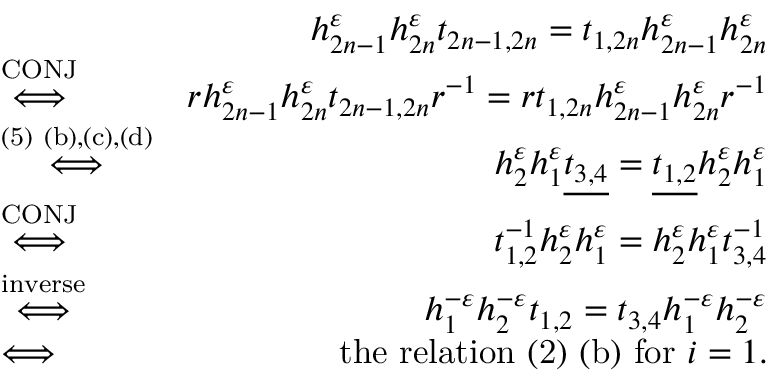
\begin{array} { r l r } & { } & { h _ { 2 n - 1 } ^ { \varepsilon } h _ { 2 n } ^ { \varepsilon } t _ { 2 n - 1 , 2 n } = t _ { 1 , 2 n } h _ { 2 n - 1 } ^ { \varepsilon } h _ { 2 n } ^ { \varepsilon } } \\ & { \stackrel { \mathrm { C O N J } } { \Longleftrightarrow } } & { r h _ { 2 n - 1 } ^ { \varepsilon } h _ { 2 n } ^ { \varepsilon } t _ { 2 n - 1 , 2 n } r ^ { - 1 } = r t _ { 1 , 2 n } h _ { 2 n - 1 } ^ { \varepsilon } h _ { 2 n } ^ { \varepsilon } r ^ { - 1 } } \\ & { \stackrel { \mathrm { ( 5 ) ~ ( b ) , ( c ) , ( d ) } } { \Longleftrightarrow } } & { h _ { 2 } ^ { \varepsilon } h _ { 1 } ^ { \varepsilon } \underline { { t _ { 3 , 4 } } } = \underline { { t _ { 1 , 2 } } } h _ { 2 } ^ { \varepsilon } h _ { 1 } ^ { \varepsilon } } \\ & { \stackrel { \mathrm { C O N J } } { \Longleftrightarrow } } & { t _ { 1 , 2 } ^ { - 1 } h _ { 2 } ^ { \varepsilon } h _ { 1 } ^ { \varepsilon } = h _ { 2 } ^ { \varepsilon } h _ { 1 } ^ { \varepsilon } t _ { 3 , 4 } ^ { - 1 } } \\ & { \stackrel { \mathrm { i n v e r s e } } { \Longleftrightarrow } } & { h _ { 1 } ^ { - \varepsilon } h _ { 2 } ^ { - \varepsilon } t _ { 1 , 2 } = t _ { 3 , 4 } h _ { 1 } ^ { - \varepsilon } h _ { 2 } ^ { - \varepsilon } } \\ & { \Longleftrightarrow } & { \mathrm { t h e ~ r e l a t i o n ~ ( 2 ) ~ ( b ) ~ f o r ~ } i = 1 . } \end{array}